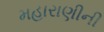
મહારાણીની